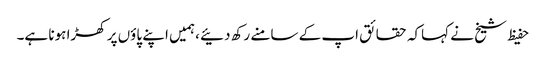
حفیظ شیخ نے کہاکہ حقائق اپ کے سامنے رکھ دئیے ،ہمیں اپنے پاؤں پر کھڑا ہونا ہے۔